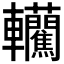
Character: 𰹮